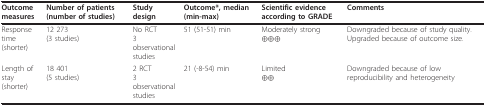
<table><thead><tr><td><b>Outcome measures</b></td><td><b>Number of patients (number of studies)</b></td><td><b>Study design</b></td><td><b>Outcome*, median (min-max)</b></td><td><b>Scientific evidence according to GRADE</b></td><td><b>Comments</b></td></tr></thead><tbody><tr><td>Response time(shorter)</td><td>12 273(3 studies)</td><td>No RCT3 observational studies</td><td>51 (51-51) min</td><td>Moderately strong⊕⊕⊕</td><td>Downgraded because of study quality. Upgraded because of outcome size.</td></tr><tr><td>Length of stay(shorter)</td><td>18 401(5 studies)</td><td>2 RCT3 observational studies</td><td>21 (-8-54) min</td><td>Limited⊕⊕</td><td>Downgraded because of low reproducibility and heterogeneity</td></tr></tbody></table>